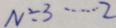
N \div 3 \cdots 2